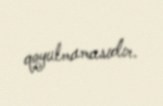
qoyulmamasıdır.